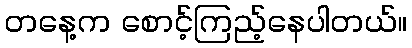
တနေ့က စောင့်ကြည့်နေပါတယ်။